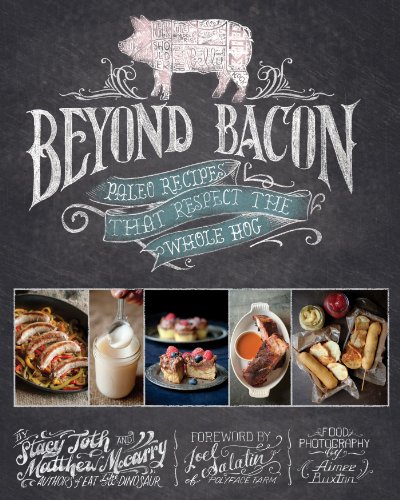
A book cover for Beyond Bacon: Paleo Recipes that Respect the Whole Hog; Matthew McCarry; Cookbooks, Food & Wine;